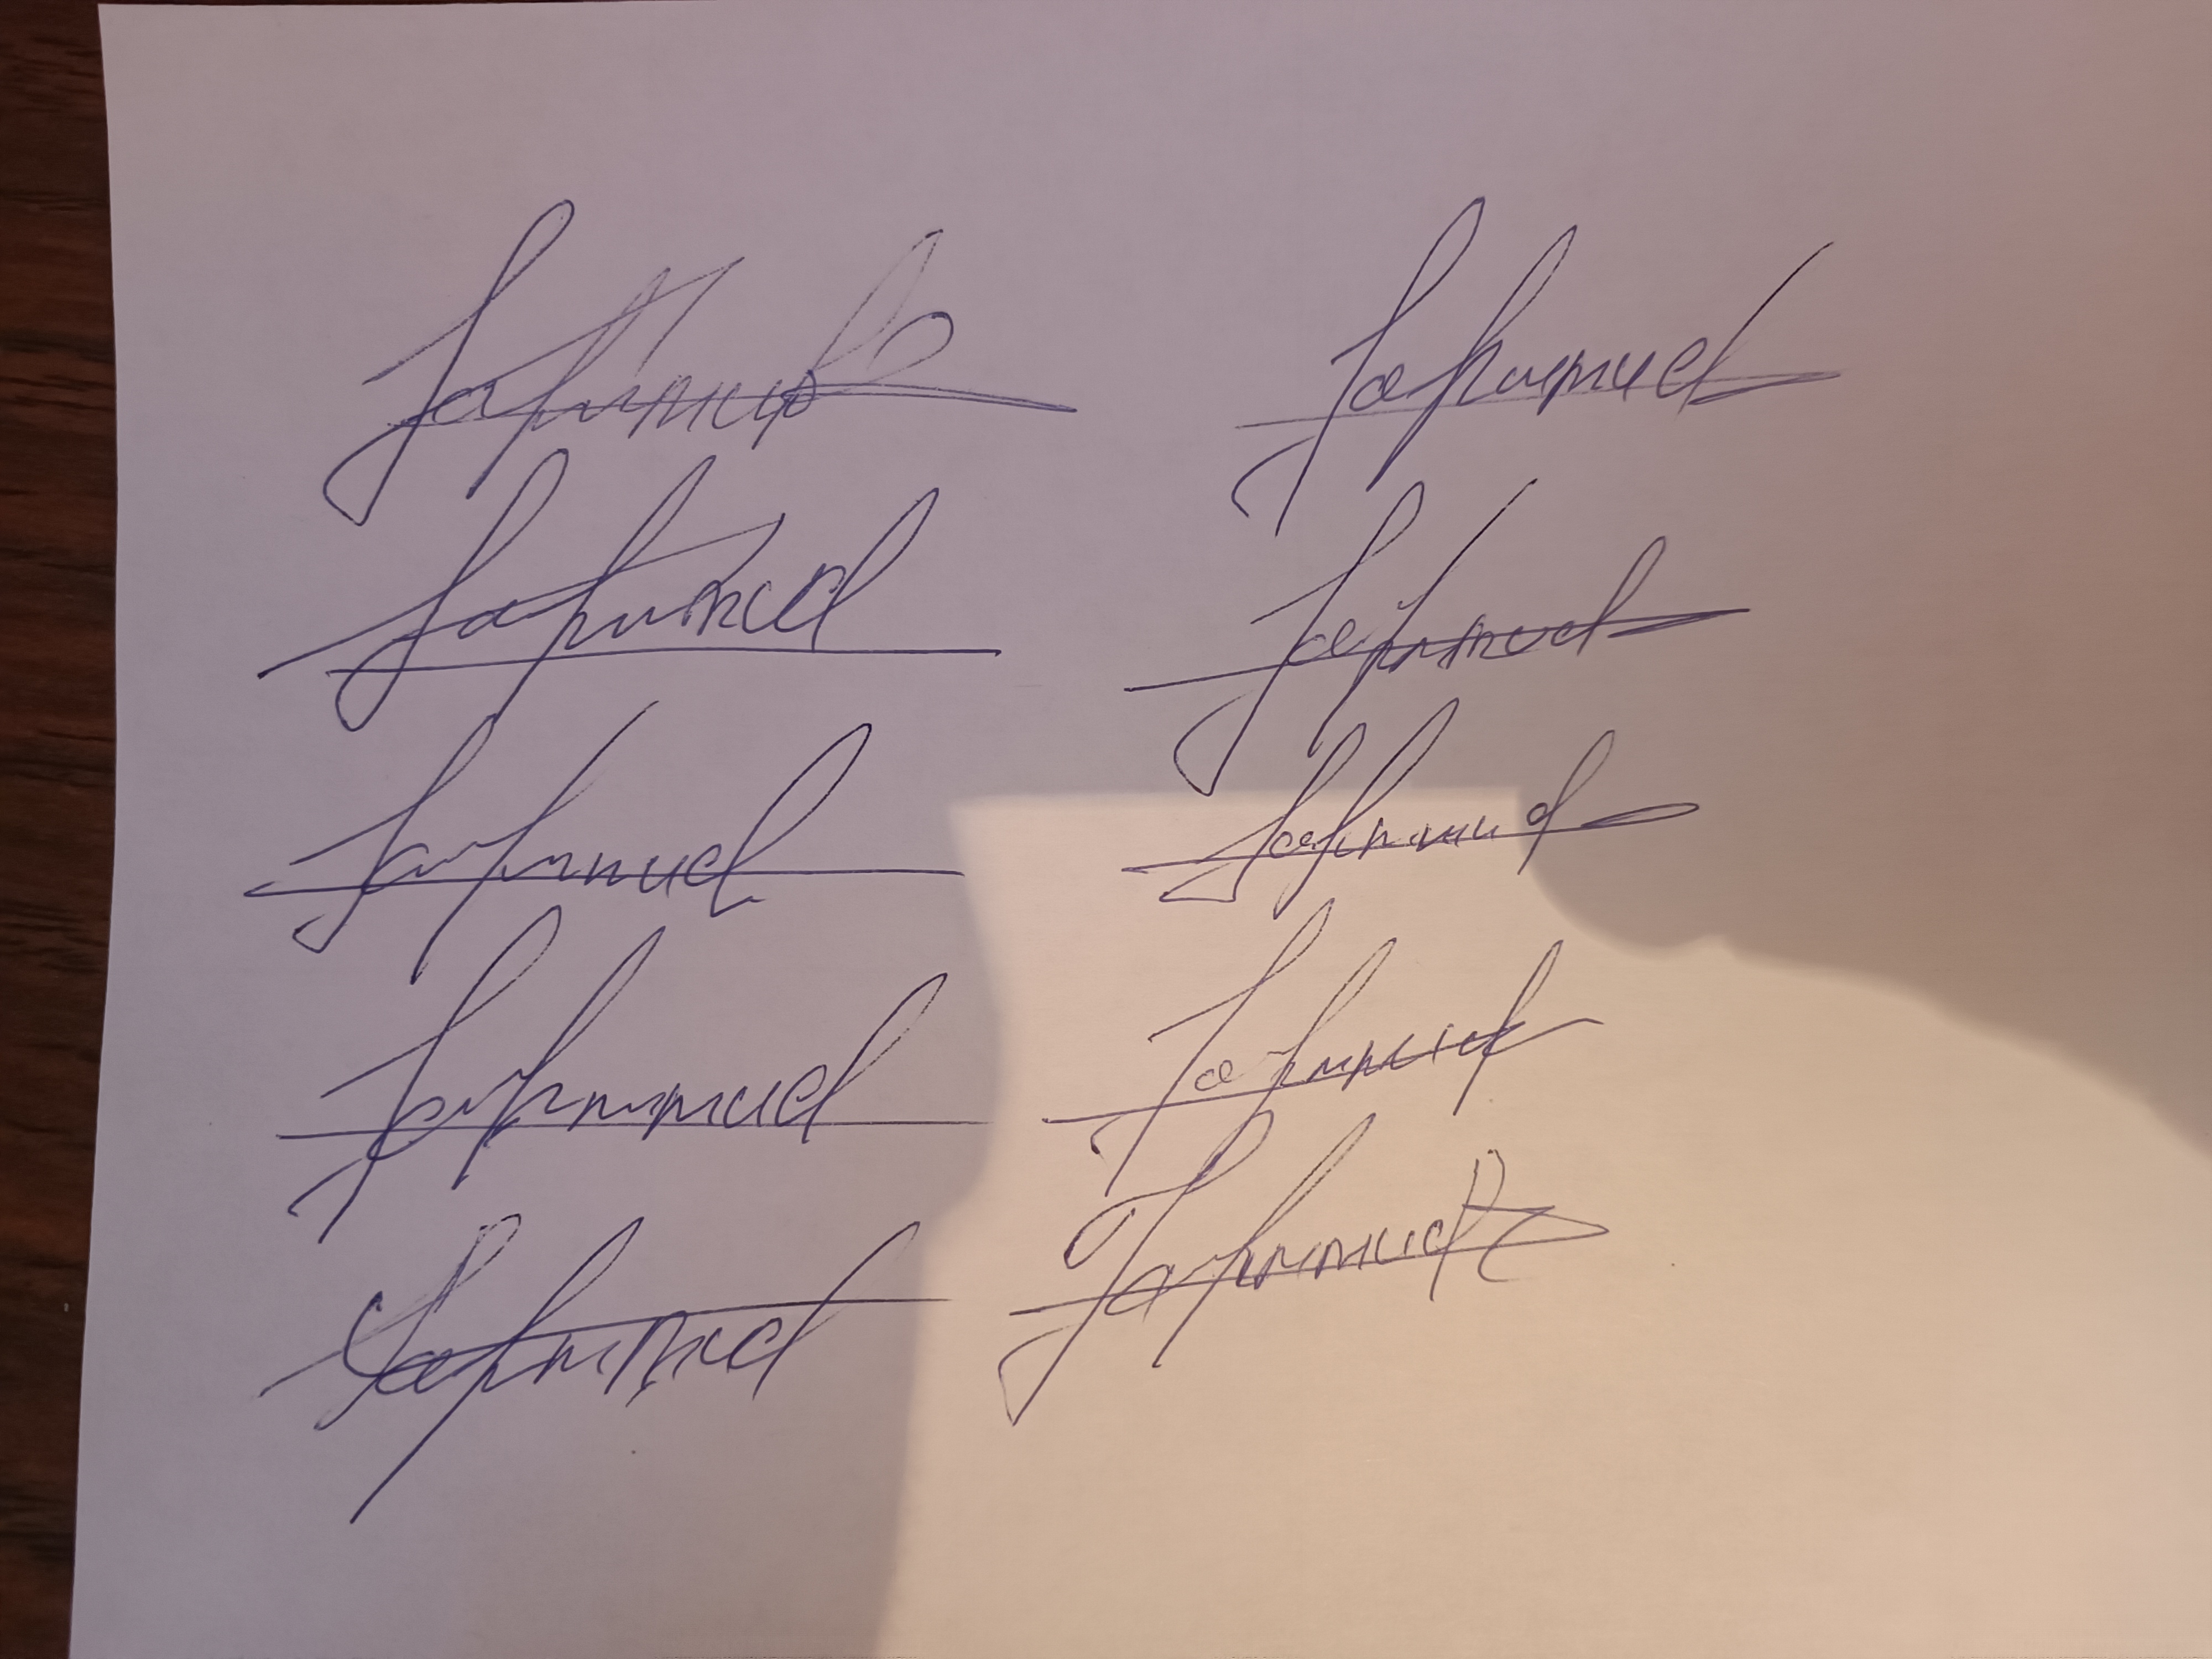
Signature authenticity: forged